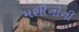
મશીનોની